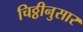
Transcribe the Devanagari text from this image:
चिठ्ठीनुसार